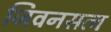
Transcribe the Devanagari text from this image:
जिवनसत्व